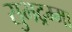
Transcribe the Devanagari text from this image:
सुभद्रम्मा